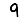
Digit: 9